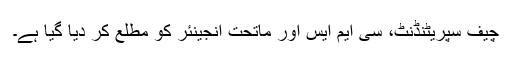
چیف سپریٹنڈنٹ، سی ایم ایس اور ماتحت انجینئر کو مطلع کر دیا گیا ہے۔